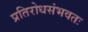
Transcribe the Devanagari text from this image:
प्रतिरोधसंभवतः